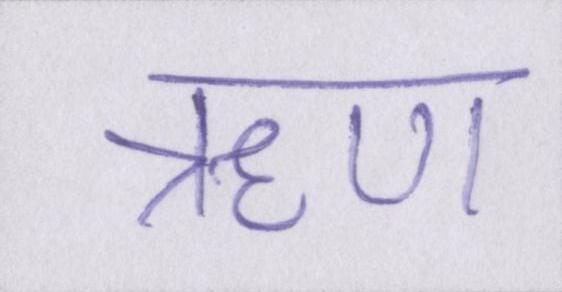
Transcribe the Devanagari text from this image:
ॠण